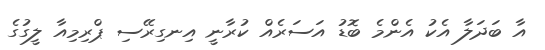
އާ ބަދަލާ އެކު އެންމެ ބޮޑު އަސަރެއް ކުރާނީ އިނގިރޭސި ޕްރިމިއާ ލީގުގެ